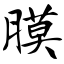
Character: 膜